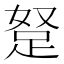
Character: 𮛖